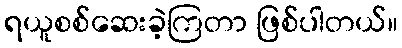
ရယူစစ်ဆေးခဲ့ကြတာ ဖြစ်ပါတယ်။